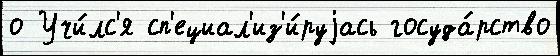
о Учи́лс'я сп'ециал'из'и́руjась госуда́рство